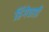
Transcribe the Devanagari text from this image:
हिंगेवाडी